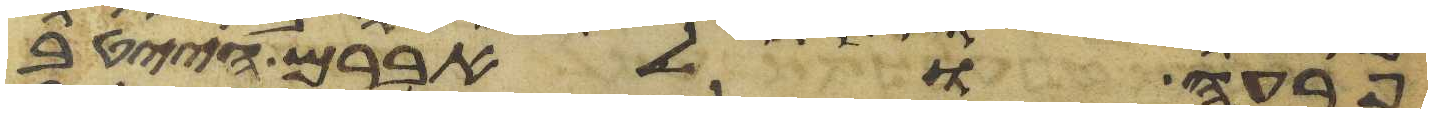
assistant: פרעה ולאברם הייטב